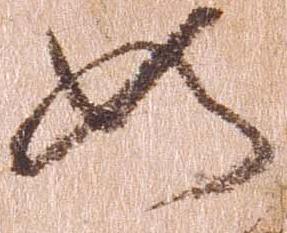
如